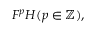
F ^ { p } H ( p \in \mathbb { Z } ) ,